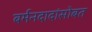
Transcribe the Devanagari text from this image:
बर्मनदादांसोबत